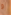
و